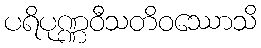
ပရိပုဏ္ဏဝီသတိဝဿောသိ